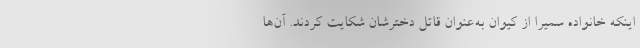
اینکه خانواده سمیرا از کیوان به‌عنوان قاتل دخترشان شکایت کردند. آن‌ها